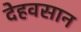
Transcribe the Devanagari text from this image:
देहवसान